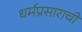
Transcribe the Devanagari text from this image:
धर्मप्रसाराची